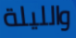
والليلة